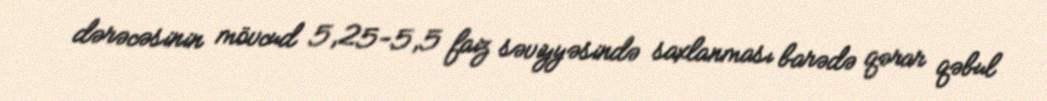
dərəcəsinin mövcud 5,25-5,5 faiz səviyyəsində saxlanması barədə qərar qəbul